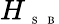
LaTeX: H_{\mathrm{~\tiny~S~}\mathrm{~\tiny~B~}}